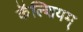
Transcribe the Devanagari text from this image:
कॅल्शियम्